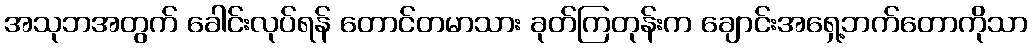
အသုဘအတွက် ခေါင်းလုပ်ရန် တောင်တမာသား ခုတ်ကြတုန်းက ချောင်းအရှေ့ဘက်တောကိုသာ